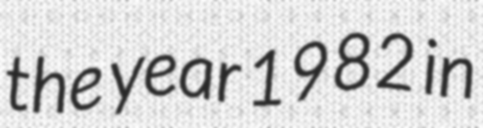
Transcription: the year 1982 in